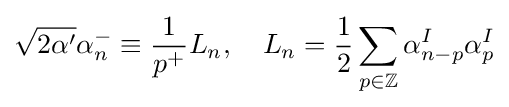
{\sqrt {2\alpha '}}\alpha _{n}^{-}\equiv {\frac {1}{p^{+}}}L_{n},\quad L_{n}={\frac {1}{2}}\sum _{p\in \mathbb {Z} }\alpha _{n-p}^{I}\alpha _{p}^{I}